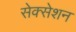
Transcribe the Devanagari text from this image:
सेक्सेशन